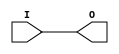
module IBUF_HSTL_IV_18 (O, I);

    output O;

    input  I;

	buf B1 (O, I);


endmodule